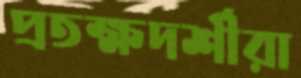
প্রতক্ষদর্শীরা